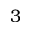
3